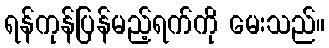
ရန်ကုန်ပြန်မည့်ရက်ကို မေးသည်။